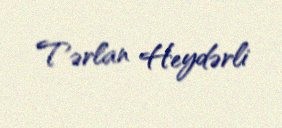
Tərlan Heydərli